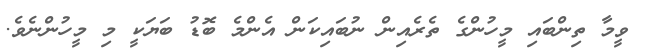
ވީމާ ތިންބައި މީހުންގެ ތެރެއިން ނުބައިކަން އެންމެ ބޮޑު ބަޔަކީ މި މީހުންނެވެ.